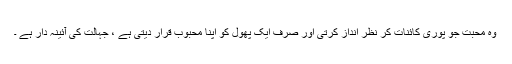
وہ محبت جو پوری کائنات کر نظر انداز کرتی اور صرف ایک پھول کو اپنا محبوب قرار دیتی ہے ، جہالت کی آئینہ دار ہے ۔